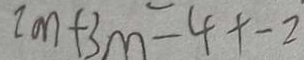
2 m + 3 m = 4 + - 2